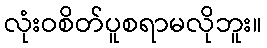
လုံးဝစိတ်ပူစရာမလိုဘူး။